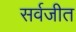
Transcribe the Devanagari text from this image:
सर्वजीत